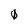
Character: 0